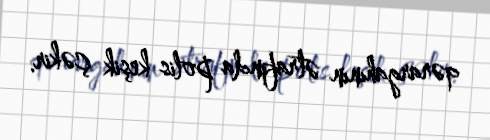
qərargahının ətrafında polis keşik çəkir.